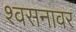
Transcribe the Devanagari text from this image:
श्वसनावर